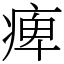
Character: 痺